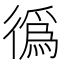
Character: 𢕷